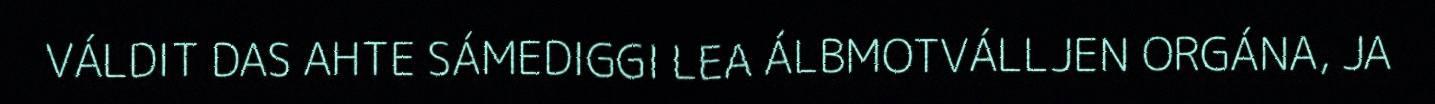
VÁLDIT DAS AHTE SÁMEDIGGI LEA ÁLBMOTVÁLLJEN ORGÁNA, JA